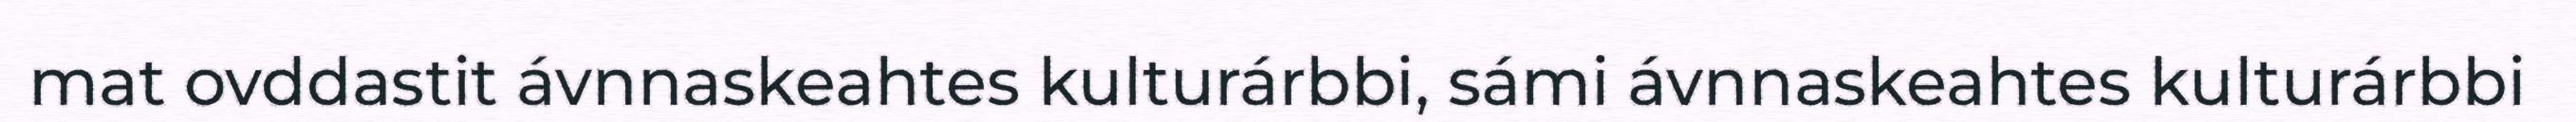
mat ovddastit ávnnaskeahtes kulturárbbi, sámi ávnnaskeahtes kulturárbbi